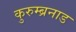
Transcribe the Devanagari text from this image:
कुरुम्ब्रनाड